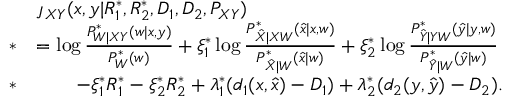
\begin{array} { r l } & { \jmath _ { X Y } ( x , y | R _ { 1 } ^ { * } , R _ { 2 } ^ { * } , D _ { 1 } , D _ { 2 } , P _ { X Y } ) } \\ { * } & { = \log \frac { P _ { W | X Y } ^ { * } ( w | x , y ) } { P _ { W } ^ { * } ( w ) } + \xi _ { 1 } ^ { * } \log \frac { P _ { \hat { X } | X W } ^ { * } ( \hat { x } | x , w ) } { P _ { \hat { X } | W } ^ { * } ( \hat { x } | w ) } + \xi _ { 2 } ^ { * } \log \frac { P _ { \hat { Y } | Y W } ^ { * } ( \hat { y } | y , w ) } { P _ { \hat { Y } | W } ^ { * } ( \hat { y } | w ) } } \\ { * } & { \qquad - \xi _ { 1 } ^ { * } R _ { 1 } ^ { * } - \xi _ { 2 } ^ { * } R _ { 2 } ^ { * } + \lambda _ { 1 } ^ { * } ( d _ { 1 } ( x , \hat { x } ) - D _ { 1 } ) + \lambda _ { 2 } ^ { * } ( d _ { 2 } ( y , \hat { y } ) - D _ { 2 } ) . } \end{array}